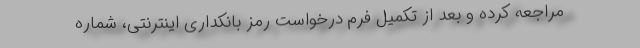
مراجعه کرده و بعد از تکمیل فرم درخواست رمز بانکداری اینترنتی، شماره